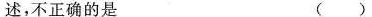
述，不正确的是 ( )